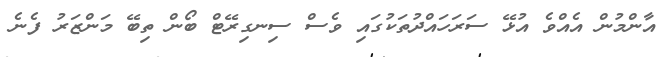
އާންމުން އެއްވެ އުޅޭ ސަރަހައްދުތަކުގައި ވެސް ސިނގިރޭޓް ބޯން ތިބޭ މަންޒަރު ފެނެ